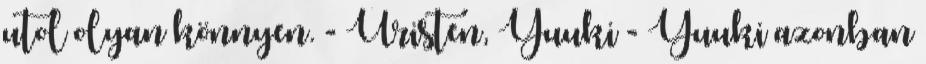
utol olyan könnyen. - Úristen, Yuuki - Yuuki azonban